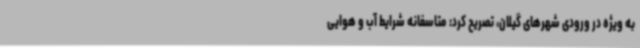
به ویژه در ورودی شهرهای گیلان، تصریح کرد: متاسفانه شرایط آب و هوایی